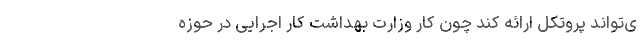
ی‌تواند پروتکل ارائه کند چون کار وزارت بهداشت کار اجرایی در حوزه